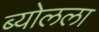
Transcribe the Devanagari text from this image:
ब्योलला